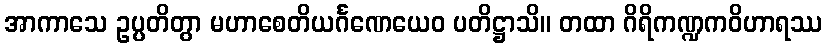
အာကာသေ ဥပ္ပတိတွာ မဟာစေတိယင်္ဂဏေယေဝ ပတိဋ္ဌာသိ။ တထာ ဂိရိကဏ္ဍကဝိဟာရဿ